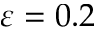
\varepsilon = 0 . 2